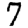
Digit: 7